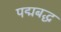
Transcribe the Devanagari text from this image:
पद्मबद्ध